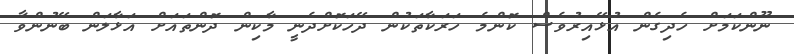
ނޫންކަމަށް ހެދިގެން އުޅޭއިރުވެސް ކޮންމެ ހަރަކާތަކުން ދޭހަކޮށްދެނީ މާކިން ދޮންތައަށް އަޅާލަން ބޭނުންވާ